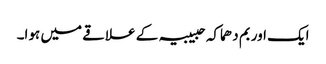
ایک اور بم دھماکہ حبیبیہ کے علاقے میں ہوا۔